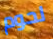
لحوم